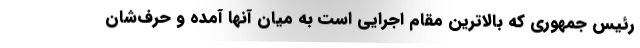
رئیس جمهوری که بالاترین مقام اجرایی است به میان آنها آمده و حرف‌شان